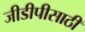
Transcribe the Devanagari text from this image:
जीडीपीसाठी